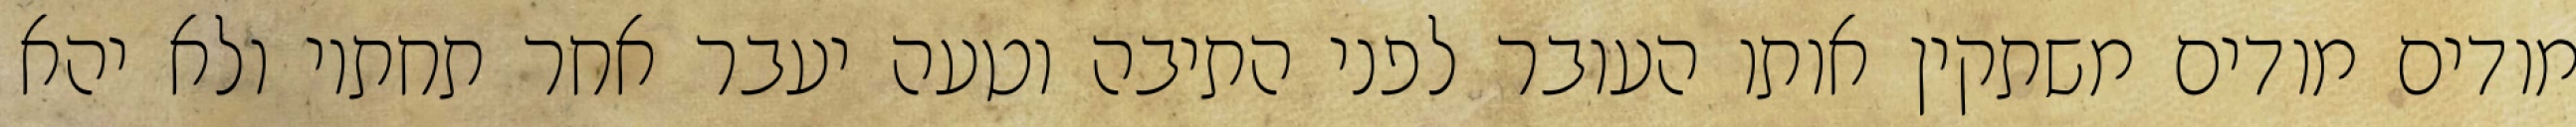
מודים מודים משתקין אותו העובר לפני התיבה וטעה יעבר אחר תחתיו ולא יהא